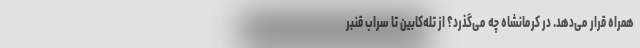
همراه قرار می‌دهد. در کرمانشاه چه می‌گذرد؟ از تله‌کابین تا سراب قنبر